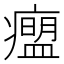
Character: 𬏾